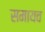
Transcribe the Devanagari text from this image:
समायव